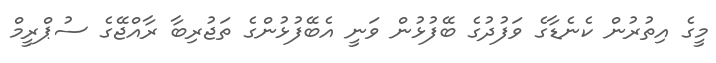
މީގެ އިތުރުން ކެނެޑާގެ ވަފުދުގެ ބޭފުޅުން ވަނީ އެބޭފުޅުންގެ ތަޖުރިބާ ރާއްޖޭގެ ސުޕްރީމް